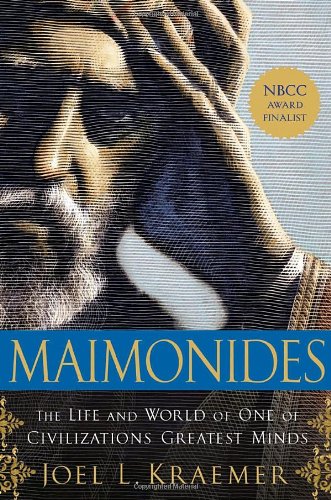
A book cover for Maimonides: The Life and World of One of Civilization's Greatest Minds; Joel L. Kraemer; Biographies & Memoirs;